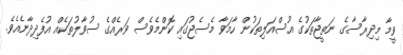
ވީމާ މިދިރާސާގެ ނަތީޖާތަކުގެ އުސްއަލިތަކުން ހާމަވާ މެސެޖުގައި ކޮންމެވެސް ވަރެއްގެ ސުވާލުތަކެއް އުފެދިދާނެއެވެ.